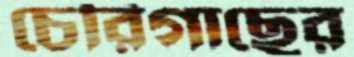
চেরিগাছের